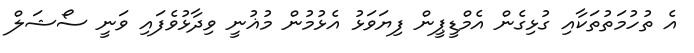
އެ ތުހުމަތުތަކާއި ގުޅިގެން އެމްޑީޕީން ފިޔަވަޅު އެޅުމުން މުޣުނީ ވިދާޅުވެފައި ވަނީ ސޯޝަލް